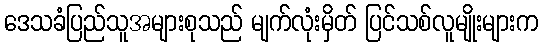
ဒေသခံပြည်သူအများစုသည် မျက်လုံးမှိတ် ပြင်သစ်လူမျိုးများက